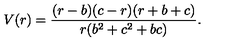
V ( r ) = \frac { ( r - b ) ( c - r ) ( r + b + c ) } { r ( b ^ { 2 } + c ^ { 2 } + b c ) } .